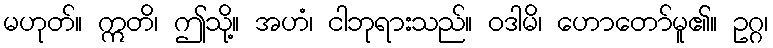
မဟုတ်။ ဣတိ၊ ဤသို့။ အဟံ၊ ငါဘုရားသည်။ ဝဒါမိ၊ ဟောတော်မူ၏။ ဥဂ္ဂ၊